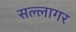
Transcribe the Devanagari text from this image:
सल्लागर